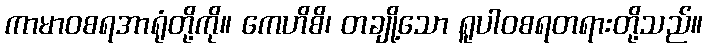
ကာမာဝစရအာရုံတို့ကို။ ကေဟိစိ၊ တချို့သော ရူပါဝစရတရားတို့သည်။